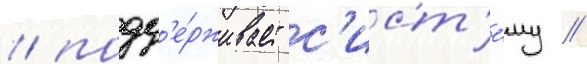
/ подд'е́рживает с'ист'е́му /